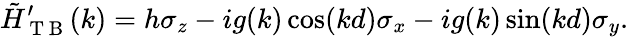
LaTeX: \tilde{H}_{\mathrm{~T~B~}}^{\prime}(k)=h\sigma_{z}-ig(k)\cos(kd)\sigma_{x}-ig(k)\sin(kd)\sigma_{y}.